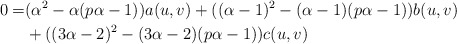
\begin{align*}0=&(\alpha^{2}-\alpha(p\alpha-1))a(u,v)+((\alpha-1)^{2}-(\alpha-1)(p\alpha-1))b(u,v)\\&+((3\alpha-2)^{2}-(3\alpha-2)(p\alpha-1))c(u,v)\end{align*}